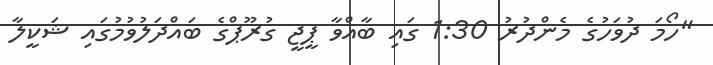
"ހޯމަ ދުވަހުގެ މެންދުރު 1:30 ގައި ބާއްވާ ޕީޖީ ގުރޫޕްގެ ބައްދަލުވުމުގައި ޝަކީލާ